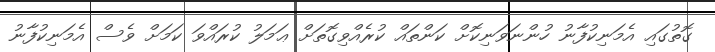
ގޮތުގައި އެމަނިކުފާނު ހުންނަވަނިކޮށް ކަންތައް ކުރެއްވިގޮތަށް ޢަމަލު ކުރައްވަ ކަމަށް ވެސް އެމަނިކުފާނު